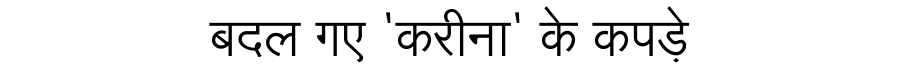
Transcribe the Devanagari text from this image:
बदल गए 'करीना' के कपड़े